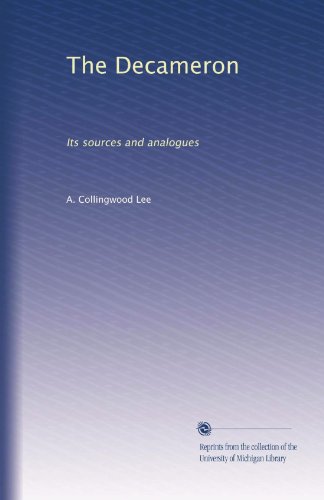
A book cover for The Decameron: Its sources and analogues; A. Collingwood Lee; Literature & Fiction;